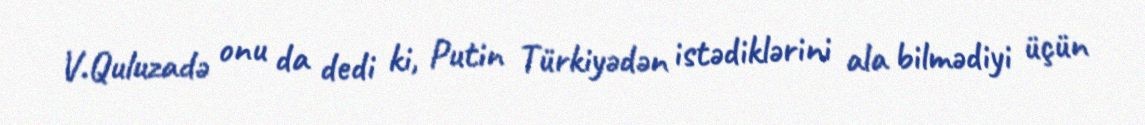
V.Quluzadə onu da dedi ki, Putin Türkiyədən istədiklərini ala bilmədiyi üçün